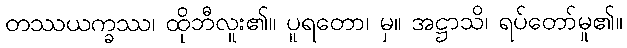
တဿယက္ခဿ၊ ထိုဘီလူး၏။ ပူရတော၊ မှ။ အဋ္ဌာသိ၊ ရပ်တော်မူ၏။